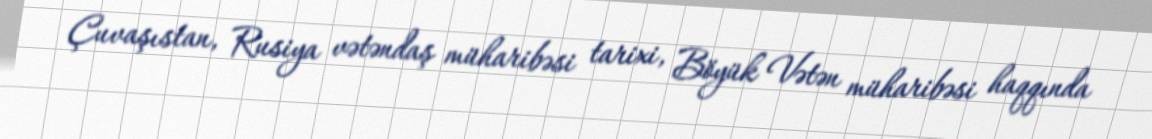
Çuvaşıstan, Rusiya vətəndaş müharibəsi tarixi, Böyük Vətən müharibəsi haqqında